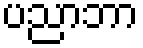
ပညာဘာ